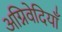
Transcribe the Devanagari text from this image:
अग्निवेदियाँ